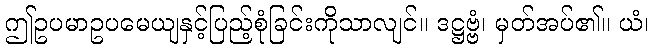
ဤဥပမာဥပမေယျနှင့်ပြည့်စုံခြင်းကိုသာလျင်။ ဒဋ္ဌဗ္ဗံ၊ မှတ်အပ်၏။ ယံ၊